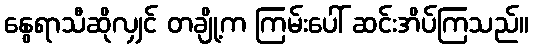
နွေရာသီဆိုလျှင် တချို့က ကြမ်းပေါ် ဆင်းအိပ်ကြသည်။